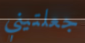
جعلتيني